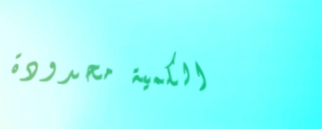
الكمية محدودة